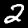
Digit: 2